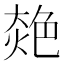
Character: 𦫜